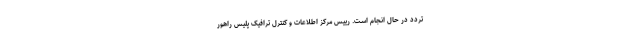
تردد در حال انجام است. رییس مرکز اطلاعات و کنترل ترافیک پلیس راهور